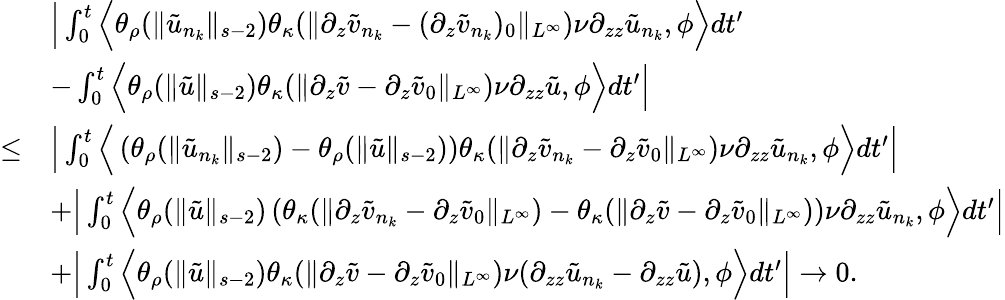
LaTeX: \begin{array}{rl}&{\Big|\int_{0}^{t}\Big\langle\theta_{\rho}(\| \tilde{u}_{n_{k}}\| _{s-2})\theta_{\kappa}(\| \partial_{z}\tilde{v}_{n_{k}}-(\partial_{z}\tilde{v}_{n_{k}})_{0}\| _{L^{\infty}})\nu\partial_{zz}\tilde{u}_{n_{k}},\phi\Big\rangle dt^{\prime}}\\ &{-\int_{0}^{t}\Big\langle\theta_{\rho}(\| \tilde{u}\| _{s-2})\theta_{\kappa}(\| \partial_{z}\tilde{v}-\partial_{z}\tilde{v}_{0}\| _{L^{\infty}})\nu\partial_{zz}\tilde{u},\phi\Big\rangle dt^{\prime}\Big|}\\ {\leq}&{\Big|\int_{0}^{t}\Big\langle\left(\theta_{\rho}(\| \tilde{u}_{n_{k}}\| _{s-2})-\theta_{\rho}(\| \tilde{u}\| _{s-2})\right)\theta_{\kappa}(\| \partial_{z}\tilde{v}_{n_{k}}-\partial_{z}\tilde{v}_{0}\| _{L^{\infty}})\nu\partial_{zz}\tilde{u}_{n_{k}},\phi\Big\rangle dt^{\prime}\Big|}\\ &{+\Big|\int_{0}^{t}\Big\langle\theta_{\rho}(\| \tilde{u}\| _{s-2})\left(\theta_{\kappa}(\| \partial_{z}\tilde{v}_{n_{k}}-\partial_{z}\tilde{v}_{0}\| _{L^{\infty}})-\theta_{\kappa}(\| \partial_{z}\tilde{v}-\partial_{z}\tilde{v}_{0}\| _{L^{\infty}})\right)\nu\partial_{zz}\tilde{u}_{n_{k}},\phi\Big\rangle dt^{\prime}\Big|}\\ &{+\Big|\int_{0}^{t}\Big\langle\theta_{\rho}(\| \tilde{u}\| _{s-2})\theta_{\kappa}(\| \partial_{z}\tilde{v}-\partial_{z}\tilde{v}_{0}\| _{L^{\infty}})\nu(\partial_{zz}\tilde{u}_{n_{k}}-\partial_{zz}\tilde{u}),\phi\Big\rangle dt^{\prime}\Big|\to 0.}\end{array}